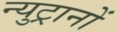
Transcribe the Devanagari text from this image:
न्युट्रानों